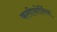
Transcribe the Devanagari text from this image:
कलीफोर्निया